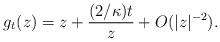
LaTeX: \begin{align*}g_t(z) = z + \frac{(2/\kappa) t}{z} + O(|z|^{-2}).\end{align*}